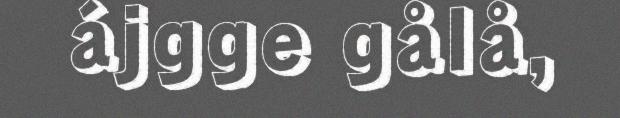
ájgge gålå,